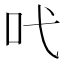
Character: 𠯅